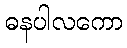
ဓနပါလကော